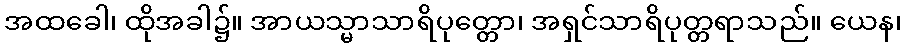
အထခေါ၊ ထိုအခါ၌။ အာယသ္မာသာရိပုတ္တော၊ အရှင်သာရိပုတ္တရာသည်။ ယေန၊